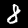
Label: 8